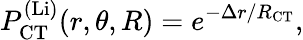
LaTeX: P_{\mathrm{CT}}^{\mathrm{(Li)}}(r,\theta,R)=e^{-\Delta r/R_{\mathrm{CT}}},